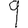
Digit: 9